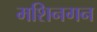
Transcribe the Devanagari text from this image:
मशिनगन